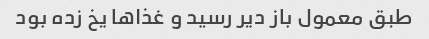
طبق معمول باز دیر رسید و غذا‌ها یخ زده بود